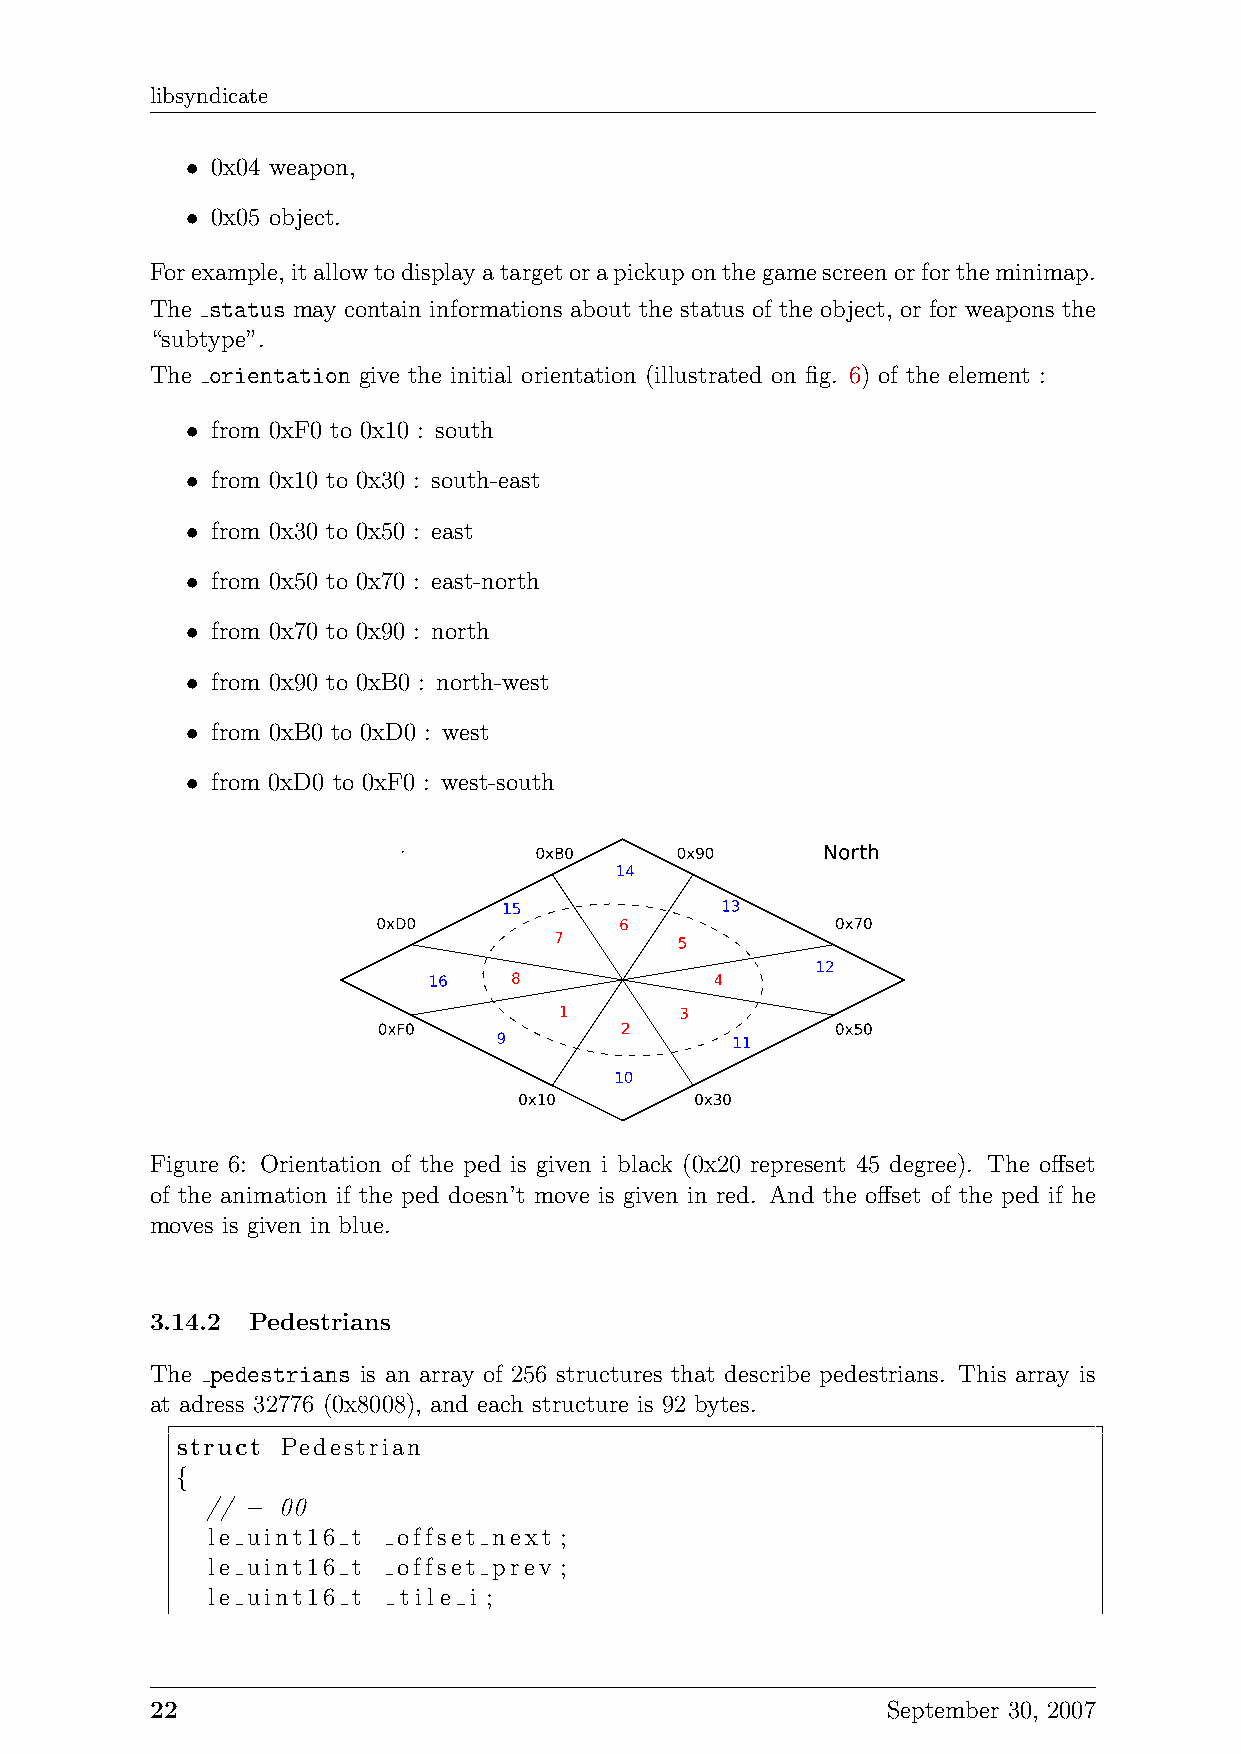
libsyndicate
 • 0x04 weapon,
 • 0x05 object.
 Forexample,itallowtodisplayatargetorapickuponthegamescreenorfortheminimap.
 The status may contain informations about the status of the object, or for weapons the
 “subtype”.
 The orientation give the initial orientation (illustrated on fig. 6) of the element :
 • from 0xF0 to 0x10 : south
 • from 0x10 to 0x30 : south-east
 • from 0x30 to 0x50 : east
 • from 0x50 to 0x70 : east-north
 • from 0x70 to 0x90 : north
 • from 0x90 to 0xB0 : north-west
 • from 0xB0 to 0xD0 : west
 • from 0xD0 to 0xF0 : west-south
 Figure 6: Orientation of the ped is given i black (0x20 represent 45 degree). The offset
 of the animation if the ped doesn’t move is given in red. And the offset of the ped if he
 moves is given in blue.
 3.14.2 Pedestrians
 The pedestrians is an array of 256 structures that describe pedestrians. This array is
 at adress 32776 (0x8008), and each structure is 92 bytes.
 struct Pedestrian
 {
 // − 00
 le uint16 t offset next ;
 le uint16 t offset prev ;
 le uint16 t tile i ;
 22                                               September 30, 2007